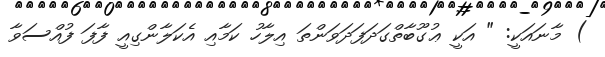
) މާނައަކީ: " އަކީ ޢުގޫބާތްގަދަފަދަވަންތަ އިލާހު ކަމާއި އެކަލާންގިއީ ފާފަ ފުއްސަވާ